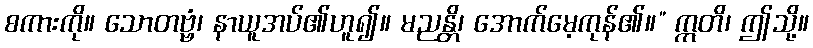
စကားကို။ သောတဗ္ဗံ၊ နာယူအပ်၏ဟူ၍။ မညန္တိ၊ အောက်မေ့ကုန်၏။” ဣတိ၊ ဤသို့။